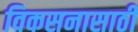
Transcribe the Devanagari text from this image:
विकसनासाठी